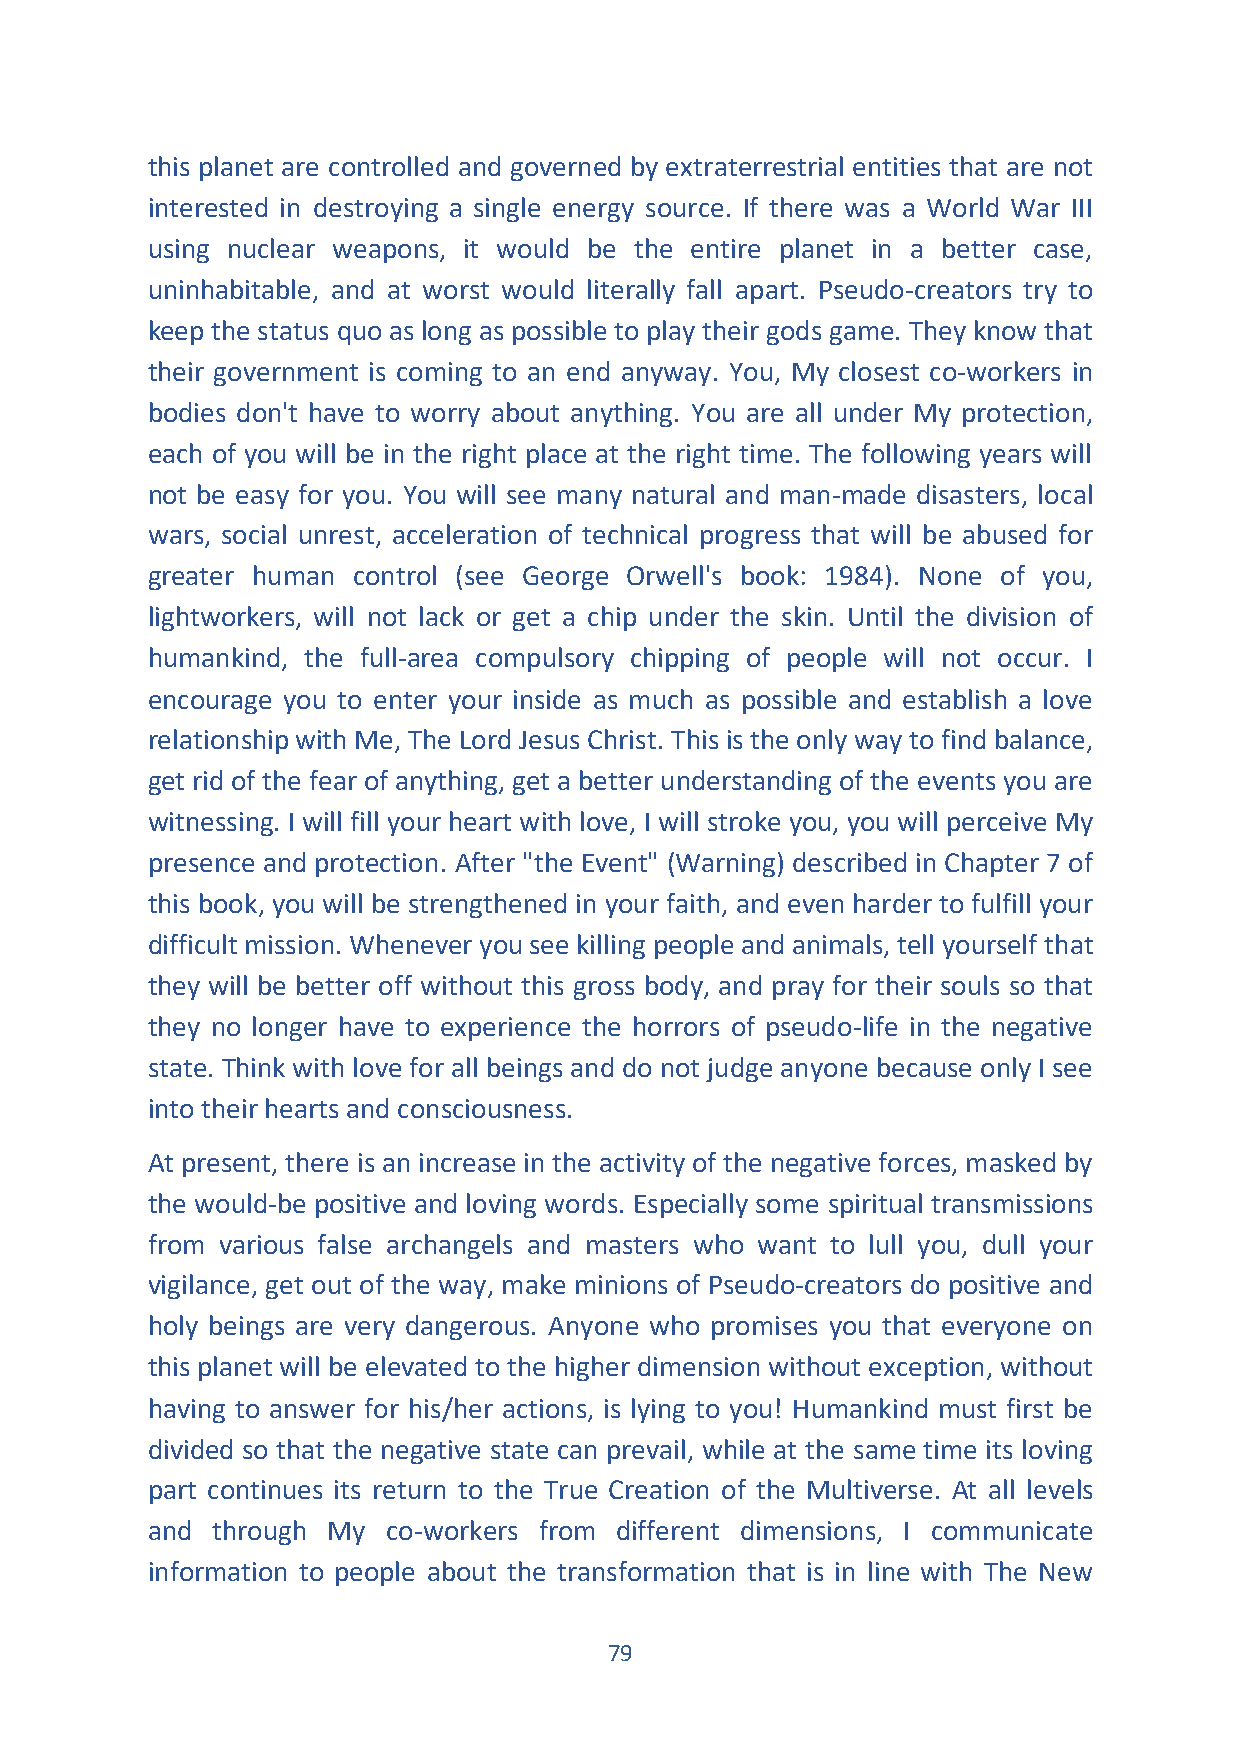
this planet are controlled and governed by extraterrestrial entities that are not
 interested in destroying a single energy source. If there was a World War III
 using nuclear weapons, it would be the entire planet in a better case,
 uninhabitable, and at worst would literally fall apart. Pseudo-creators try to
 keep the status quo as long as possible to play their gods game. They know that
 their government is coming to an end anyway. You, My closest co-workers in
 bodies don't have to worry about anything. You are all under My protection,
 each of you will be in the right place at the right time. The following years will
 not be easy for you. You will see many natural and man-made disasters, local
 wars, social unrest, acceleration of technical progress that will be abused for
 greater human control (see George Orwell's book: 1984). None of you,
 lightworkers, will not lack or get a chip under the skin. Until the division of
 humankind, the full-area compulsory chipping of people will not occur. I
 encourage you to enter your inside as much as possible and establish a love
 relationship with Me, The Lord Jesus Christ. This is the only way to find balance,
 get rid of the fear of anything, get a better understanding of the events you are
 witnessing. I will fill your heart with love, I will stroke you, you will perceive My
 presence and protection. After "the Event" (Warning) described in Chapter 7 of
 this book, you will be strengthened in your faith, and even harder to fulfill your
 difficult mission. Whenever you see killing people and animals, tell yourself that
 they will be better off without this gross body, and pray for their souls so that
 they no longer have to experience the horrors of pseudo-life in the negative
 state. Think with love for all beings and do not judge anyone because only I see
 into their hearts and consciousness.
 At present, there is an increase in the activity of the negative forces, masked by
 the would-be positive and loving words. Especially some spiritual transmissions
 from various false archangels and masters who want to lull you, dull your
 vigilance, get out of the way, make minions of Pseudo-creators do positive and
 holy beings are very dangerous. Anyone who promises you that everyone on
 this planet will be elevated to the higher dimension without exception, without
 having to answer for his/her actions, is lying to you! Humankind must first be
 divided so that the negative state can prevail, while at the same time its loving
 part continues its return to the True Creation of the Multiverse. At all levels
 and through My  co-workers from different dimensions, I communicate
 information to people about the transformation that is in line with The New
 79